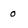
Character: 0